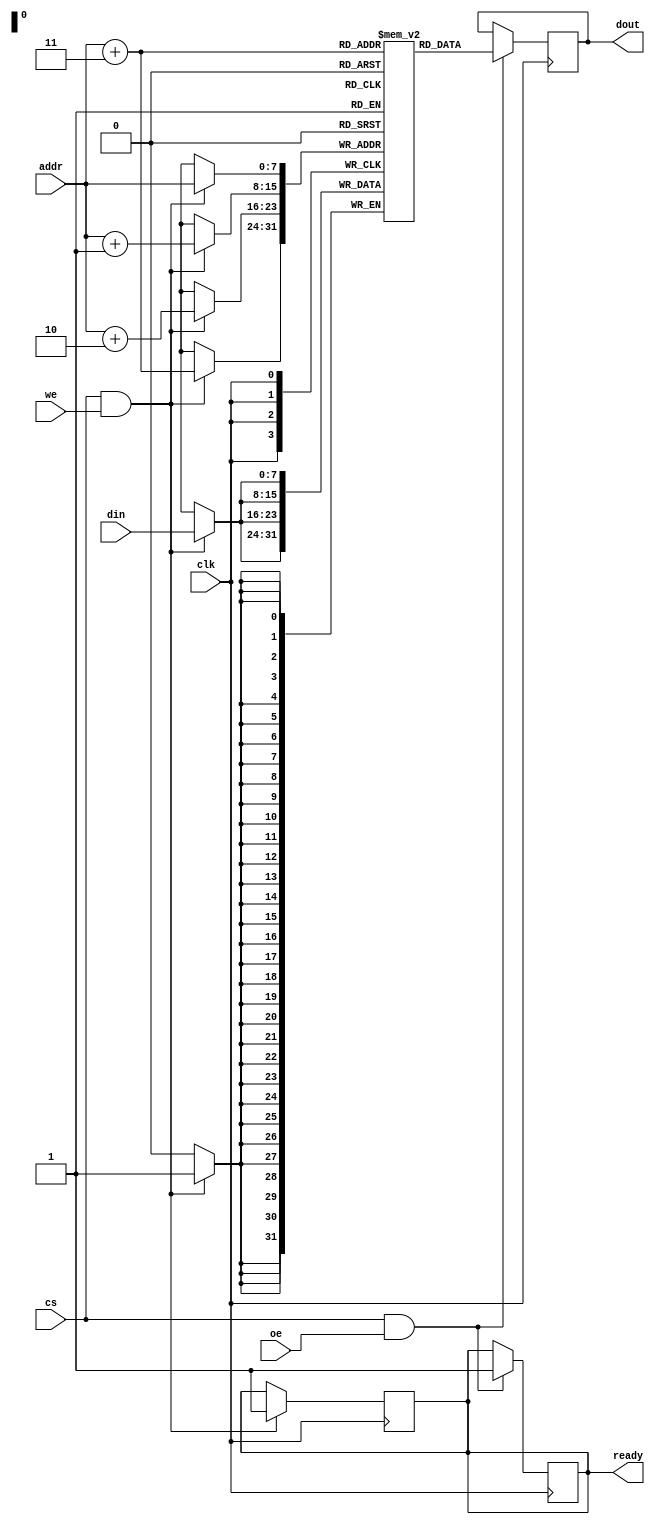
module burst_sram #(
    parameter ADDR_WIDTH = 8, // Address width (for 256 x 256 bits, 8 bits for addressing)
    parameter DATA_WIDTH = 8,  // Data bus width (can be 8, 16, or 32)
    parameter BURST_LENGTH = 4  // Configurable burst length (4, 8, 16)
)(
    input wire clk,             // Clock signal
    input wire cs,              // Chip Select
    input wire we,              // Write Enable
    input wire oe,              // Output Enable
    input wire [ADDR_WIDTH-1:0] addr, // Address input
    input wire [DATA_WIDTH-1:0] din,  // Data input
    output reg [DATA_WIDTH-1:0] dout,  // Data output
    output reg ready            // Ready signal for burst operation
);

    // Memory array declaration (256 x 256 bits)
    reg [DATA_WIDTH-1:0] memory [(2**ADDR_WIDTH)-1:0];

    // Internal variables for burst operation
    integer i;
    reg [ADDR_WIDTH-1:0] burst_addr;

    // Read operation
    always @(posedge clk) begin
        if (cs && oe) begin
            ready <= 1'b0; // Indicate operation is in progress
            dout <= memory[addr]; // Read single data
            // Burst read operation
            for (i = 1; i < BURST_LENGTH; i = i + 1) begin
                burst_addr = addr + i;
                dout <= {dout, memory[burst_addr]}; // Concatenate for burst output
            end
            ready <= 1'b1; // Indicate operation is complete
        end
    end

    // Write operation
    always @(posedge clk) begin
        if (cs && we) begin
            ready <= 1'b0; // Indicate operation is in progress
            memory[addr] <= din; // Write single data
            // Burst write operation
            for (i = 1; i < BURST_LENGTH; i = i + 1) begin
                burst_addr = addr + i;
                memory[burst_addr] <= din; // Write same data for burst
            end
            ready <= 1'b1; // Indicate operation is complete
        end
    end

endmodule